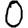
Digit: 0